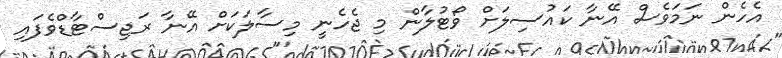
އެހެން ނަމަވެސް އޭނާ ކައުސިލަށް ވޯޓުލާން މި ޖެހެނީ މިސާލަކަށް އޭނާ ރަޖިސްޓާޑްވެފައި